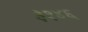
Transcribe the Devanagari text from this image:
३१४६